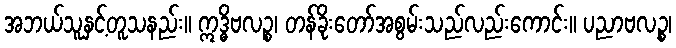
အဘယ်သူနှင့်တူသနည်း။ ဣဒ္ဓိဗလဉ္စ၊ တန်ခိုးတော်အစွမ်းသည်လည်းကောင်း။ ပညာဗလဉ္စ၊